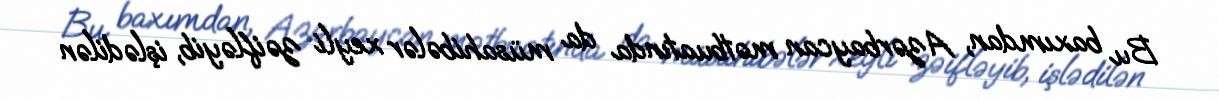
Bu baxımdan, Azərbaycan mətbuatında da müsahibələr xeyli zəifləyib, işlədilən